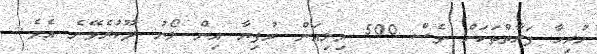
ހުރިހާ ފަރާތްތަކަށް ވެސް 500 މިލިއަން ރުފިޔާ އިން ލޯނު ދޫކުރެވޭނެ އެވެ.